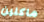
ماكلين